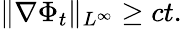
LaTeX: \| \nabla\Phi_{t}\| _{L^{\infty}}\geq ct.